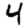
Digit: 4